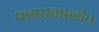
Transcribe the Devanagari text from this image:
पावसकालीन